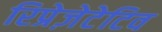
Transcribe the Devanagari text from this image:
रिप्रेज़ेटेटिव